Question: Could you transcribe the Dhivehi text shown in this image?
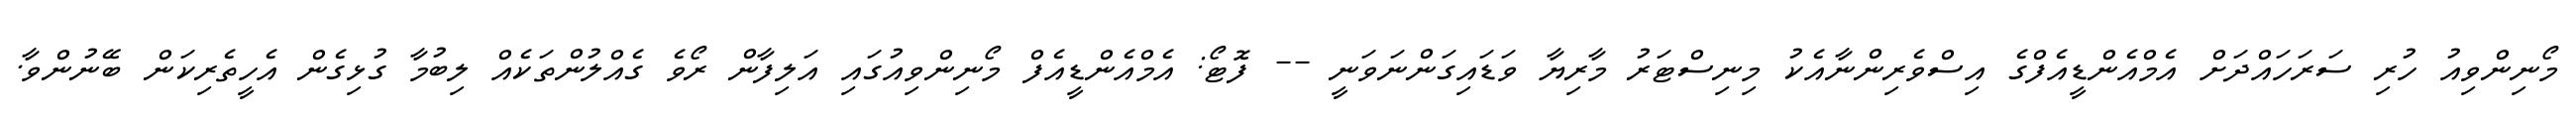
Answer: މޯނިންވިއު ހުރި ސަރަހައްދަށް އެމްއެންޑީއެފްގެ އިސްވެރިންނާއެކު މިނިސްޓަރު މާރިޔާ ވަޑައިގަންނަވަނީ -- ފޮޓޯ: އެމްއެންޑީއެފް މޯނިންވިއުގައި އަލިފާން ރޯވެ ގެއްލުންތަކެއް ލިބުމާ ގުޅިގެން އެހީތެރިކަން ބޭނުންވާ.